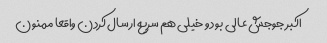
اکبر جوجش عالی بود و خیلی هم سریع ارسال کردن واقعا ممنون